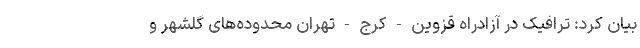
بیان کرد: ترافیک در آزادراه قزوین - کرج - تهران محدوده‌های گلشهر و